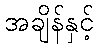
အချိန်နှင့်